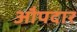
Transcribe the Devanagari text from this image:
औपदार